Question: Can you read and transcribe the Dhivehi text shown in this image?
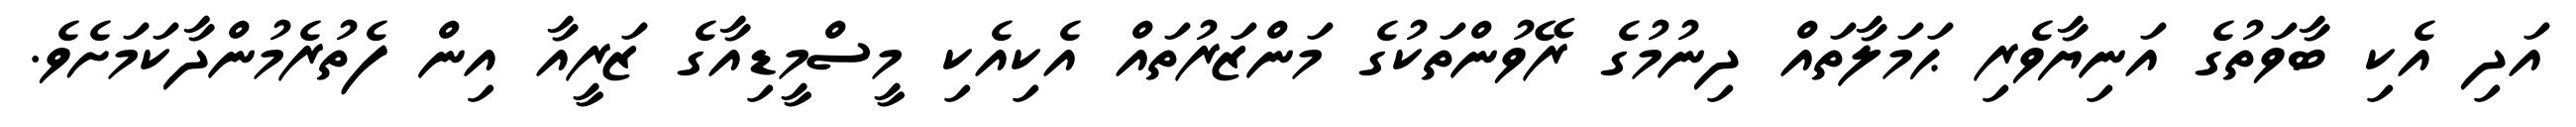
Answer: އަދި އެކި ބާވަތުގެ އަނިޔާވެރި ޙަމަލާތައް ދިނުމުގެ ރޭވުންތަކުގެ މަންޒަރުތައް އެކިއެކި މީސްމީޑިއާގެ ޒަރީއާ އިން ފެތުރެމުންދާކަމަށެވެ.